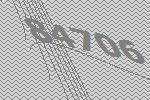
84706